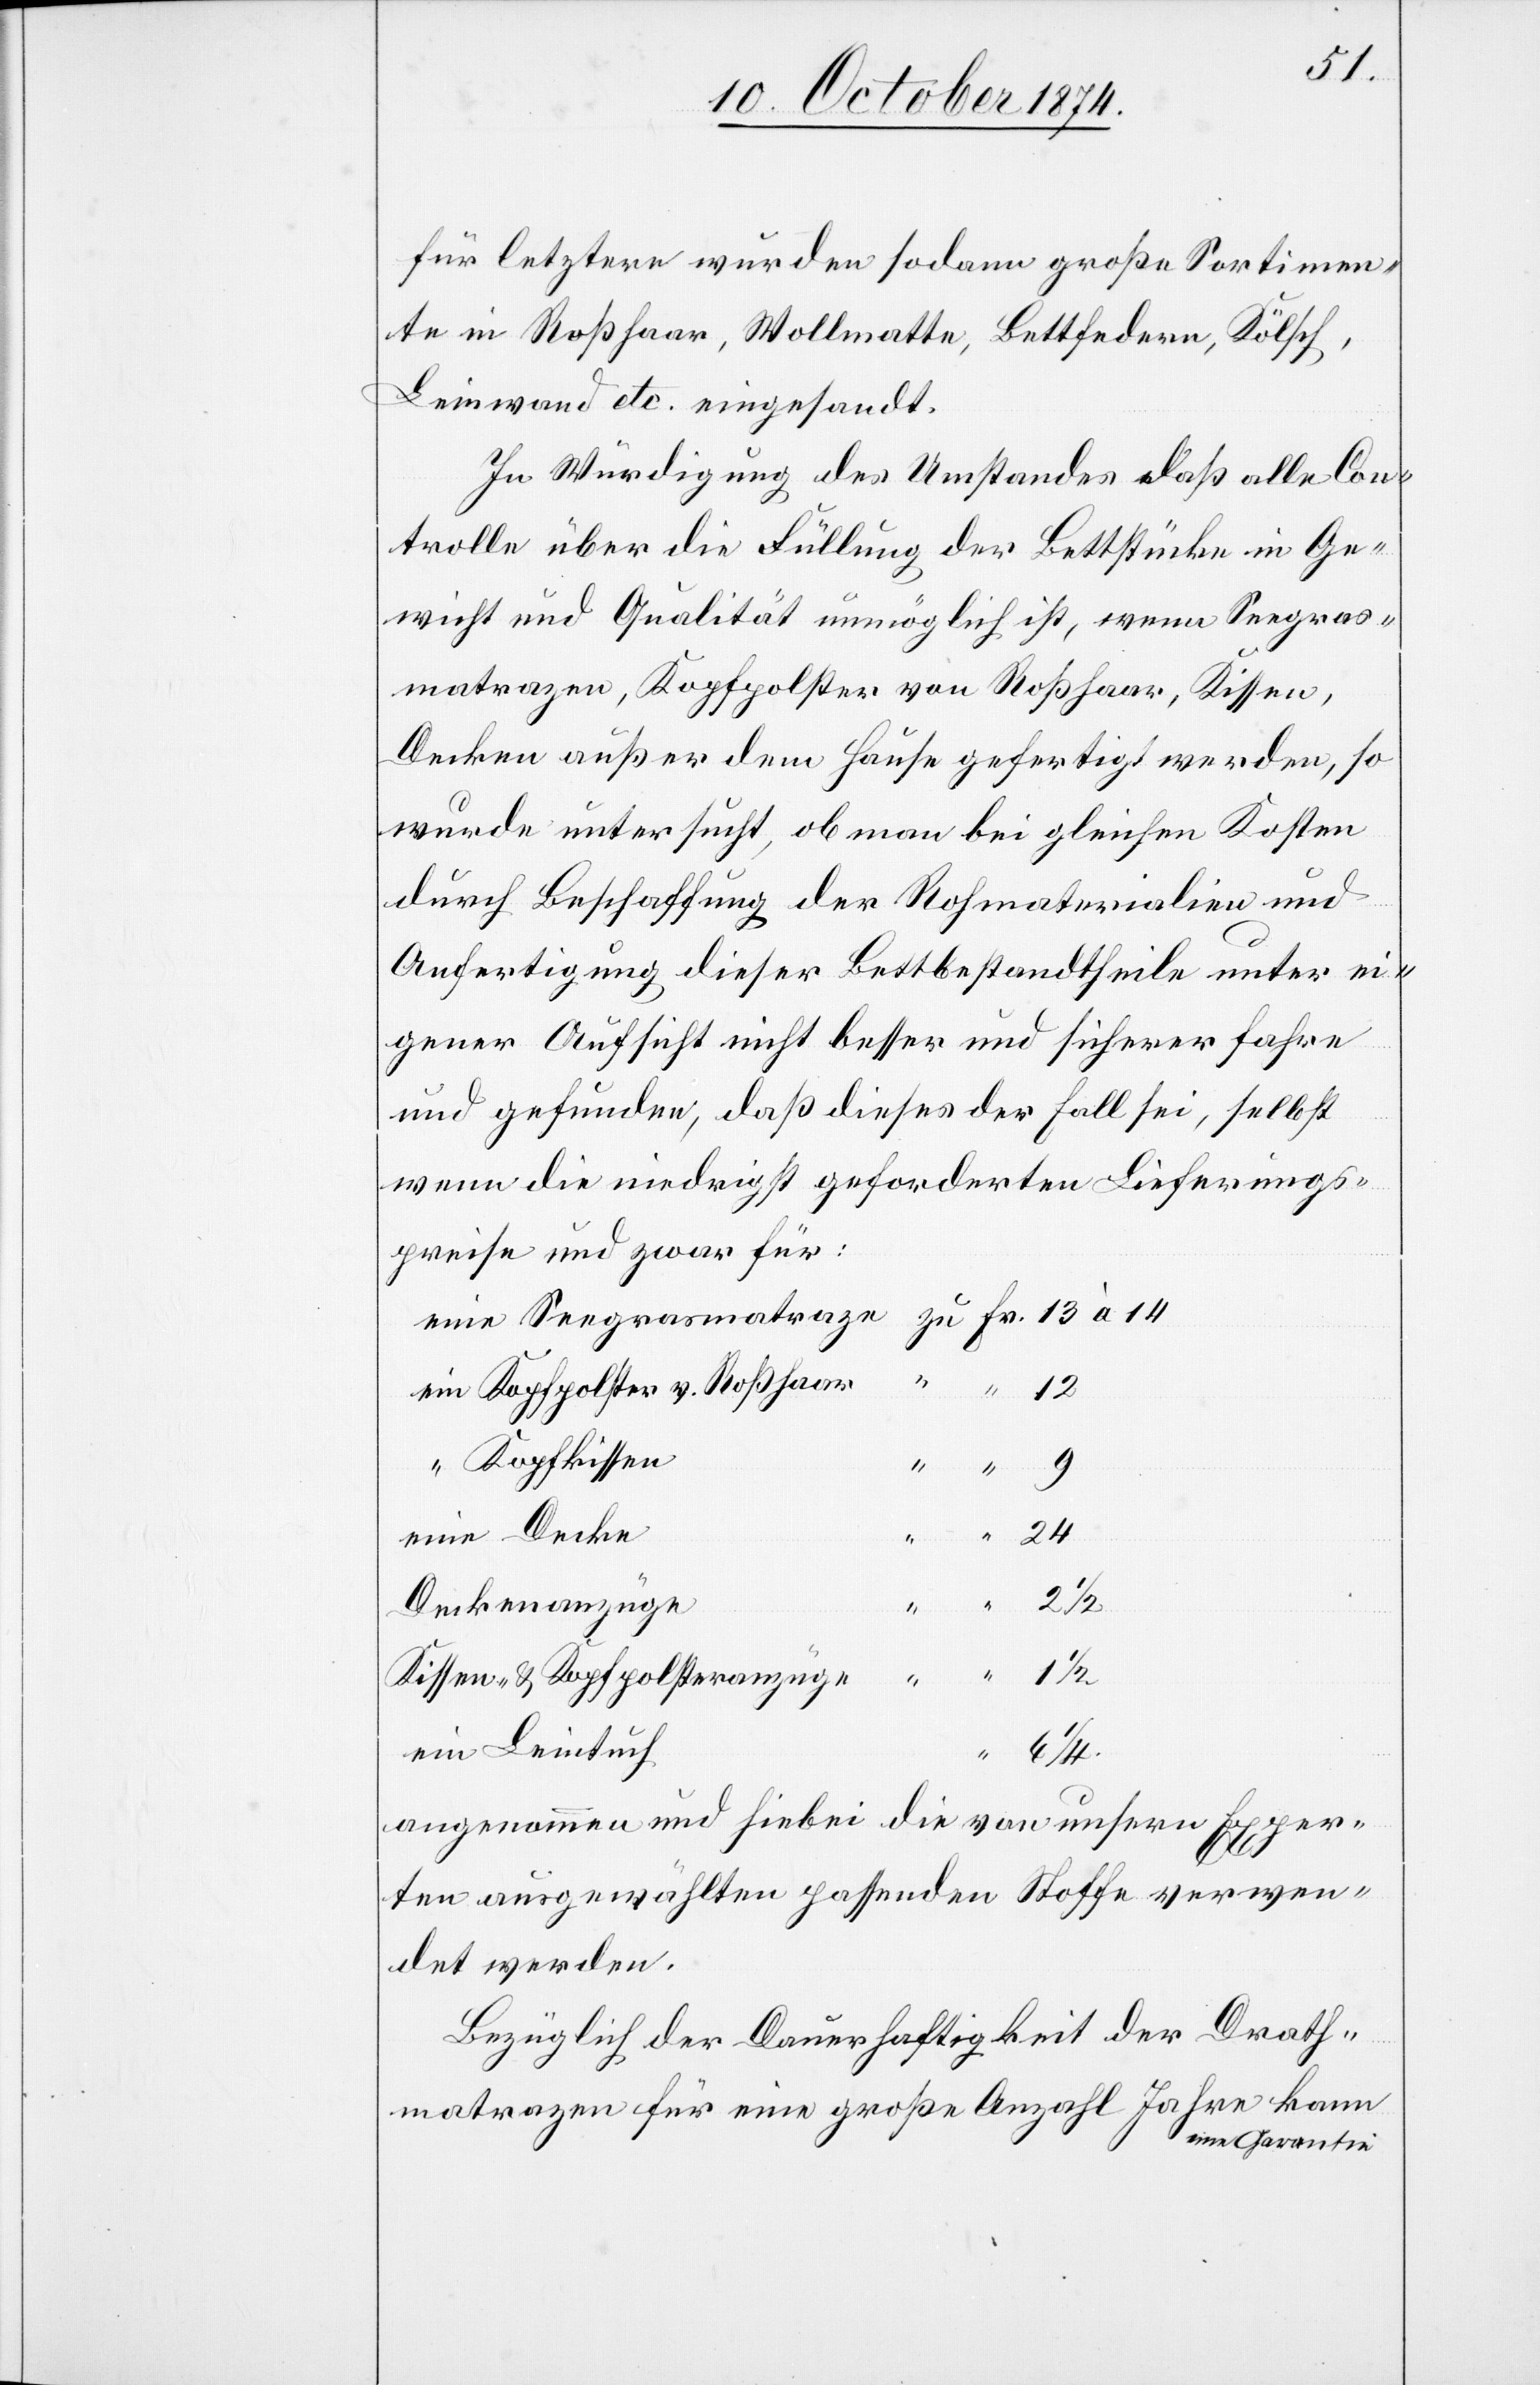
für letztere wurden sodann große Sortimen¬
te in Roßhaar, Wollmatte, Bettfedern, Kölsch,
Leinwand etc. eingesandt.
In Würdigung des Umstandes daß alle Con¬
trolle über die Füllung der Bettstücke in Ge¬
wicht und Qualität unmöglich ist, wenn Seegras¬
matrazen, Kopfpolster von Roßhaar, Kissen,
Decken außer dem Hause gefertigt werden, so
wurde untersucht, ob man bei gleichen Kosten
durch Beschaffung der Rohmaterialien und
Anfertigung dieser Bettbestandtheile unter ei¬
gener Aufsicht nicht besser und sicherer fahre
und gefunden, daß dieses der Fall sei, selbst
wenn die niedrigst geforderten Lieferungs¬
preise und zwar für:
Kopfpolster v. Roßhaar
Kopfkissen
24
ein
Deckenanzüge
1/2
Kissen- & Kopfpolsteranzüge
1
Leintuch
1/4
angenommen und hiebei die von unsern Exper¬
ten ausgewählten passenden Stoffe verwen¬
det werden.
Bezüglich der Dauerhaftigkeit der Drath¬
matrazen für eine große Anzahl Jahre kann
a-eine Garantie-a